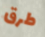
طرق